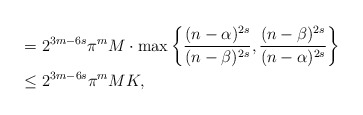
\begin{align*} &= 2^{3m-6s}\pi^{m}M \cdot \max\left\{\frac{(n-\alpha)^{2s}}{(n-\beta)^{2s}}, \frac{(n-\beta)^{2s}}{(n-\alpha)^{2s}} \right\} \\ &\le 2^{3m-6s}\pi^{m}MK, \end{align*}